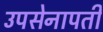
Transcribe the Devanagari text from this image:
उपसेनापती